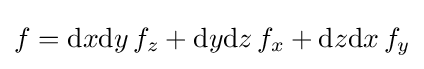
f=\mathrm {d} x\mathrm {d} y\,f_{z}+\mathrm {d} y\mathrm {d} z\,f_{x}+\mathrm {d} z\mathrm {d} x\,f_{y}